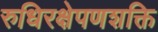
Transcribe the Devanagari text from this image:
रुधिरक्षेपणशक्ति